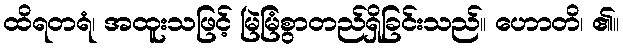
ထိရတရံ၊ အထူးသဖြင့် မြဲမြံစွာတည်ရှိခြင်းသည်။ ဟောတိ၊ ၏။